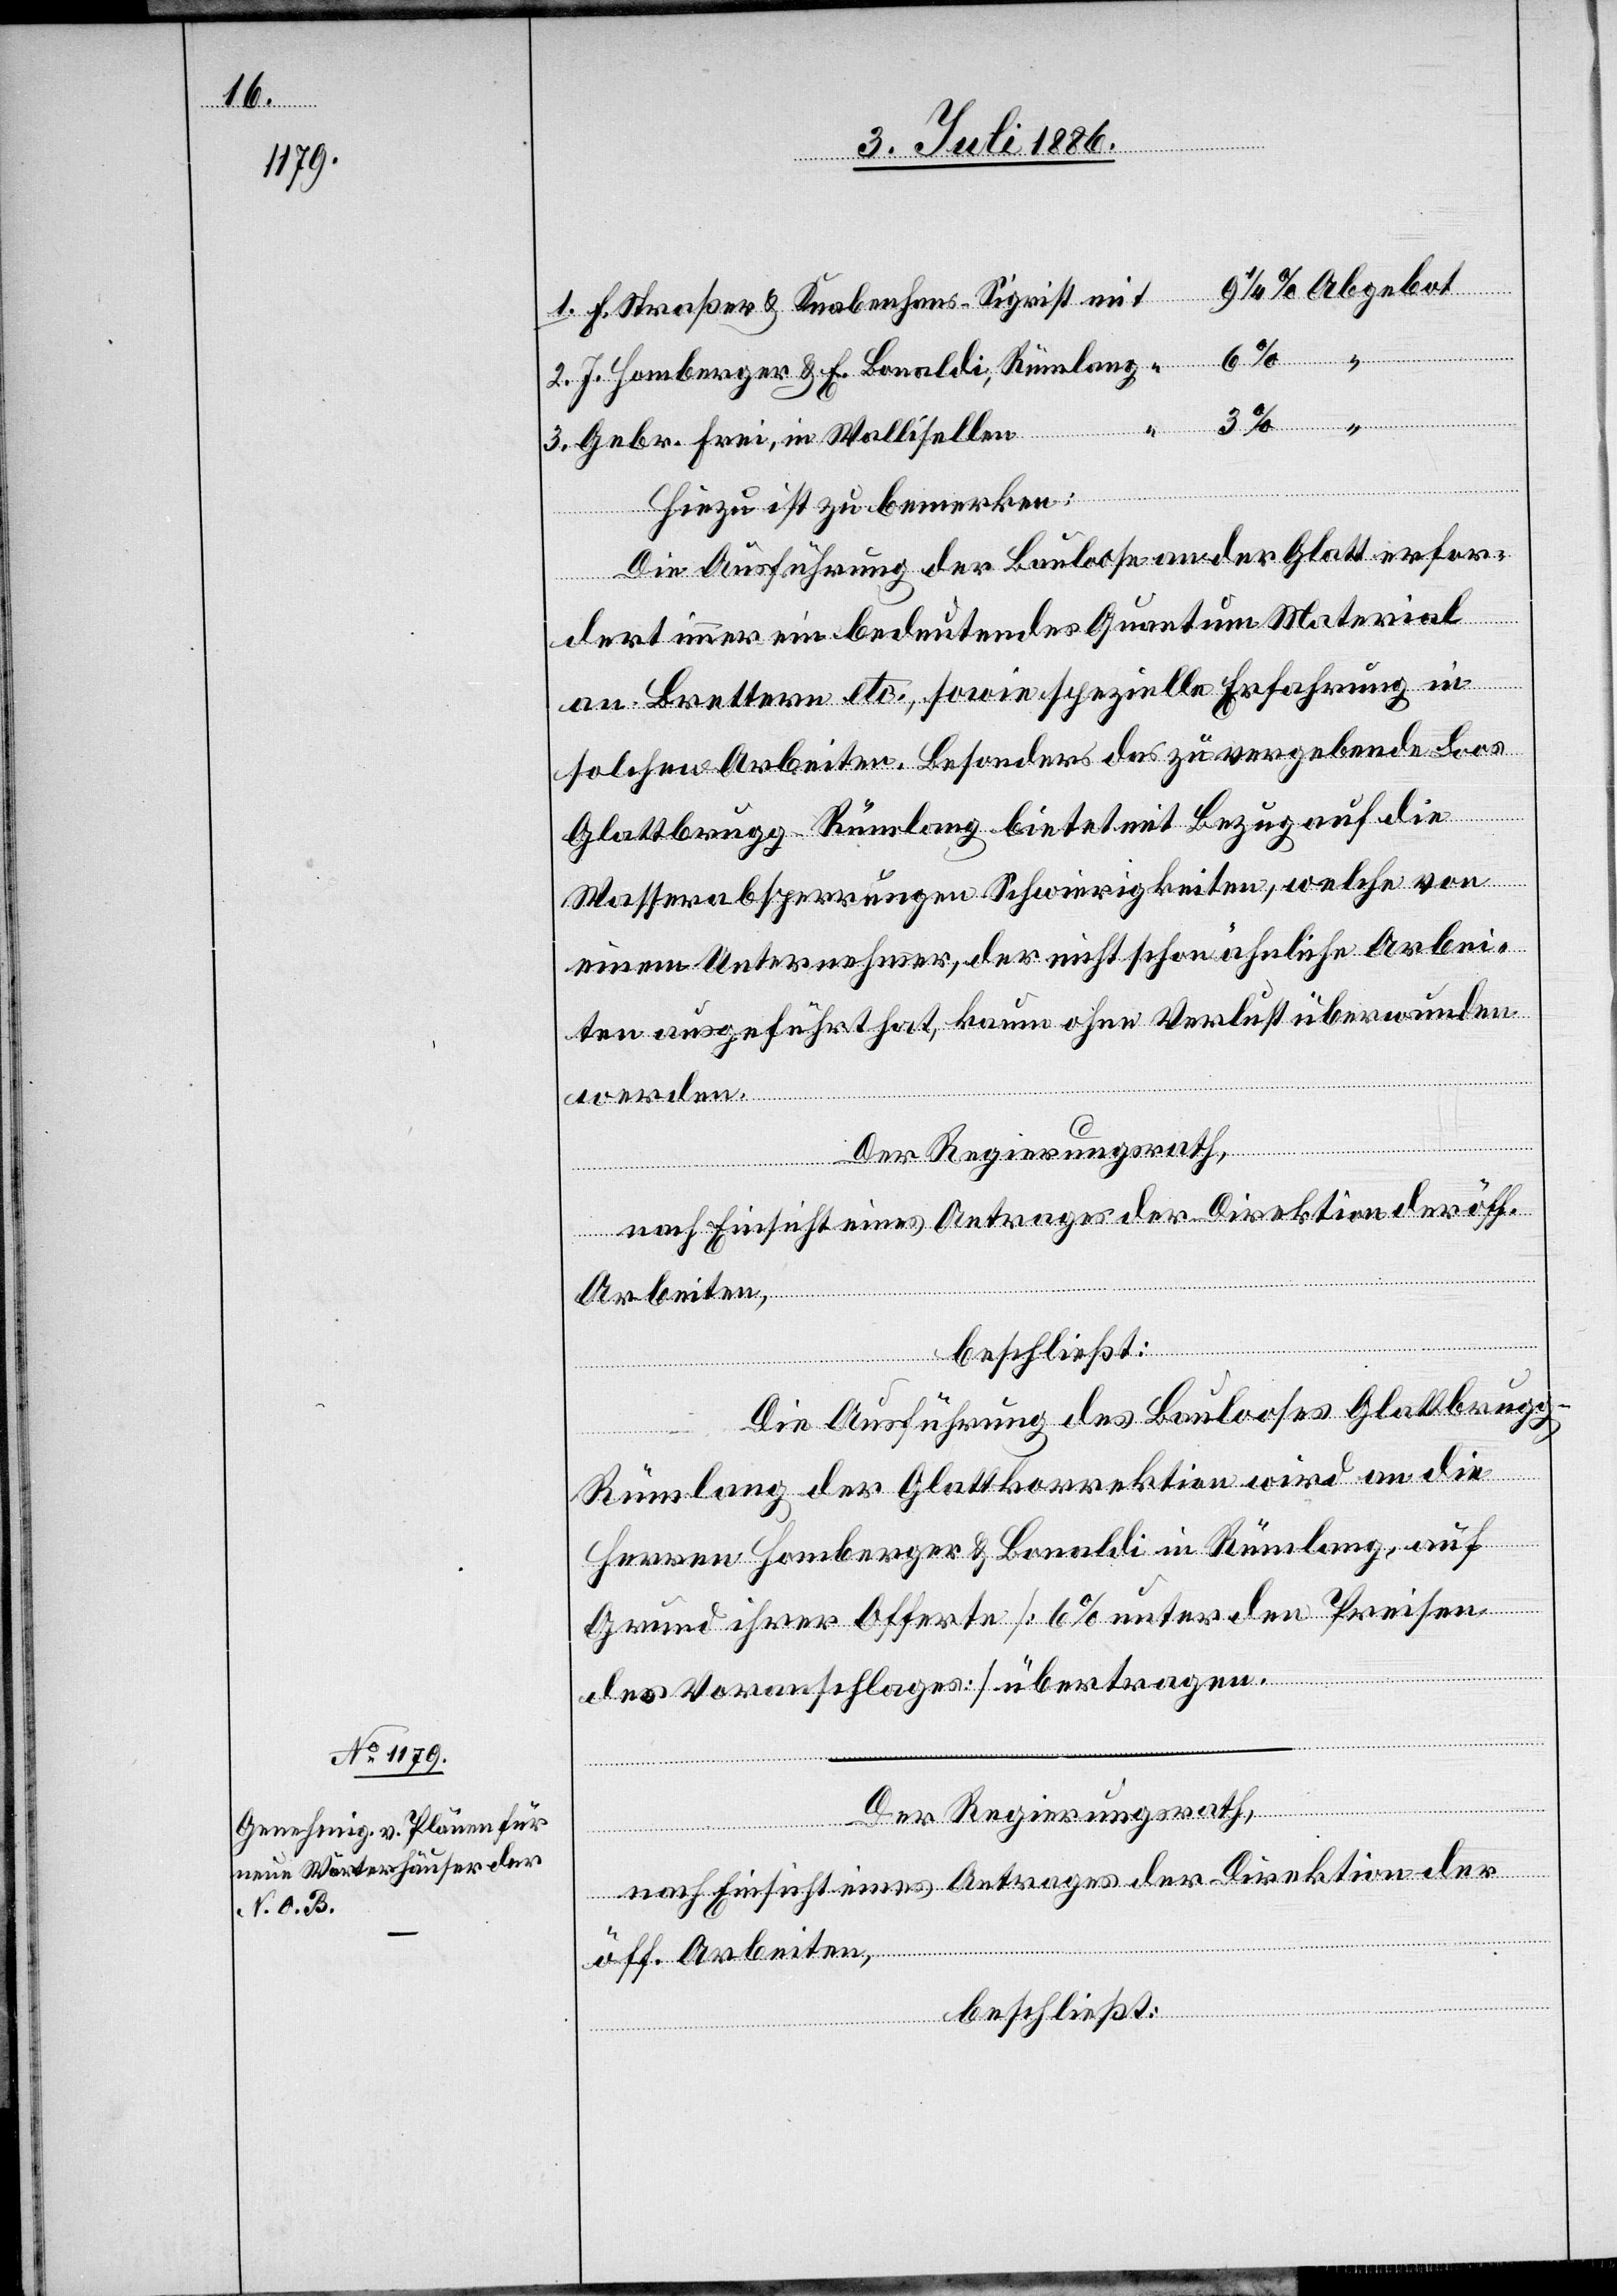
Abgebot
1. F. Straßer & Knabenhans-Sigrist
2. J. Homberger & E. Bonaldi, Rümlang
3. Gebr. Frei, in Wallisellen
“
Hiezu ist zu bemerken:
Die Ausführung der Bauloose an der Glatt erfor¬
dert immer ein bedeutendes Quantum Material
an Brettern etc., sowie spezielle Erfahrung in
solchen Arbeiten. Besonders das zu vergebende Loos
Glattbrugg–Rümlang bietet mit Bezug auf die
mit
Wasserabsperrungen Schwierigkeiten, welche von
einem Unternehmer, der nicht schon ähnliche Arbei¬
ten ausgeführt hat, kaum ohne Verlust überwunden
werden.
Der Regierungsrath,
nach Einsicht eines Antrages der Direktion der öff.
Arbeiten,
beschließt:
Die Ausführung des Baulooses Glattbrug¬
g–Rümlang der Glattkorrektion wird an die
Herren Homberger & Bonaldi in Rümlang, auf
Grund ihrer Offerte [6% unter den Preisen
des Voranschlages] übertragen.
beschließt: